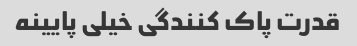
قدرت پاک کنندگی خیلی پایینه